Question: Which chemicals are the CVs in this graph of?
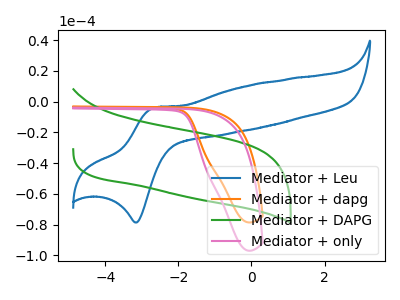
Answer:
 <answer>The blue curve is labeled "Mediator + Leu". The orange curve is labeled "Mediator + dapg". The green curve is labeled "Mediator + DAPG". The pink curve is labeled "Mediator + only".</answer>
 <eval></eval>